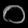
Digit: ၀